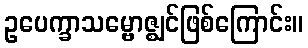
ဥပေက္ခာသမ္ဗောဇ္ဈင်ဖြစ်ကြောင်း။